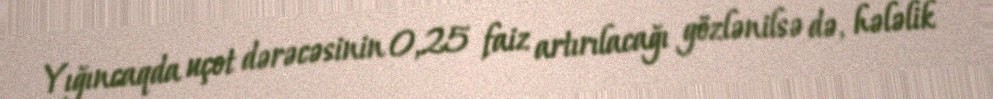
Yığıncaqda uçot dərəcəsinin 0,25 faiz artırılacağı gözlənilsə də, hələlik